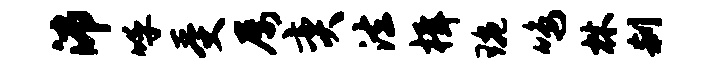
沛呼受屡奕法楫琬鸣林刹